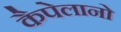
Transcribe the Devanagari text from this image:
कैपेलानो